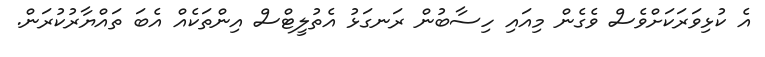
އެ ކުޅިވަރަކަށްވެސް ވެގެން މިއައި ހިސާބުން ރަނގަޅު އެތުލީޓްސް އިންތަކެއް އެބަ ތައްޔާރުކުރަން.